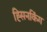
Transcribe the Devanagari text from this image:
ह्सिनकिंग